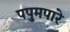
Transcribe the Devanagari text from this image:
पपुमपारे